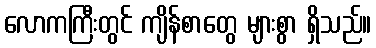
လောကကြီးတွင် ကျိန်စာတွေ များစွာ ရှိသည်။